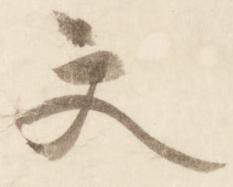
文